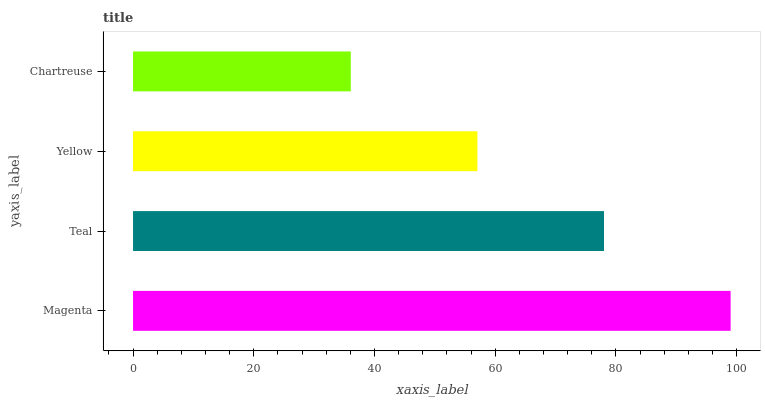
| yaxis_label | bars |
 | --- | --- |
 | Magenta | 99 |
 | Teal | 78 |
 | Yellow | 57.1 |
 | Chartreuse | 36.1 |